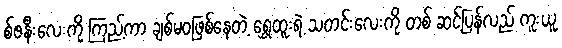
စ်ဇနီးလေးကို ကြည့်ကာ ချစ်မဝဖြစ်နေတဲ့ ရွှေထူးရဲ့ သတင်းလေးကို တစ် ဆင့်ပြန်လည် ကူးယူ